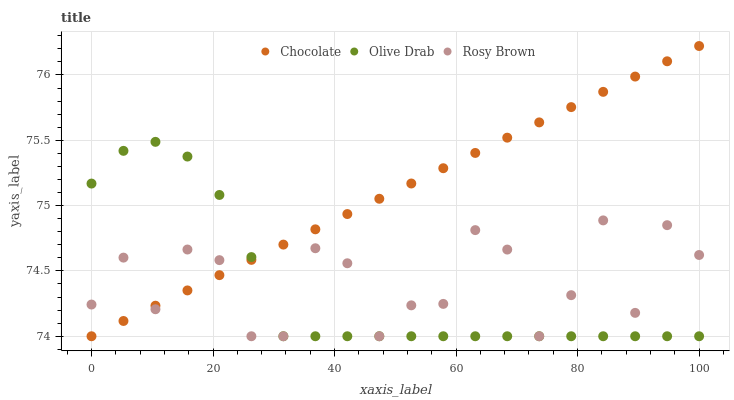
| xaxis_label | Chocolate | Olive Drab | Rosy Brown |
 | --- | --- | --- | --- |
 | 0 | 74 | 75.2 | 74.2 |
 | 5.26 | 74.1 | 75.4 | 74.6 |
 | 10.5 | 74.2 | 75.5 | 74.2 |
 | 15.8 | 74.4 | 75.4 | 74.7 |
 | 21.1 | 74.5 | 75.1 | 74.6 |
 | 26.3 | 74.6 | 74.6 | 74 |
 | 31.6 | 74.7 | 74 | 74 |
 | 36.8 | 74.8 | 74 | 74.7 |
 | 42.1 | 74.9 | 74 | 74.6 |
 | 47.4 | 75.1 | 74 | 74 |
 | 52.6 | 75.2 | 74 | 74.2 |
 | 57.9 | 75.3 | 74 | 74.2 |
 | 63.2 | 75.4 | 74 | 74.8 |
 | 68.4 | 75.5 | 74 | 74.7 |
 | 73.7 | 75.6 | 74 | 74 |
 | 78.9 | 75.8 | 74 | 74.3 |
 | 84.2 | 75.9 | 74 | 74.9 |
 | 89.5 | 76 | 74 | 74.2 |
 | 94.7 | 76.1 | 74 | 74.9 |
 | 100 | 76.2 | 74 | 74.6 |